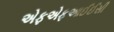
એફએફઆઈઈસી